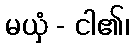
မယှံ - ငါ၏၊